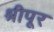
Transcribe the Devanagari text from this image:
श्रीपूर